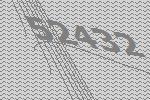
52432